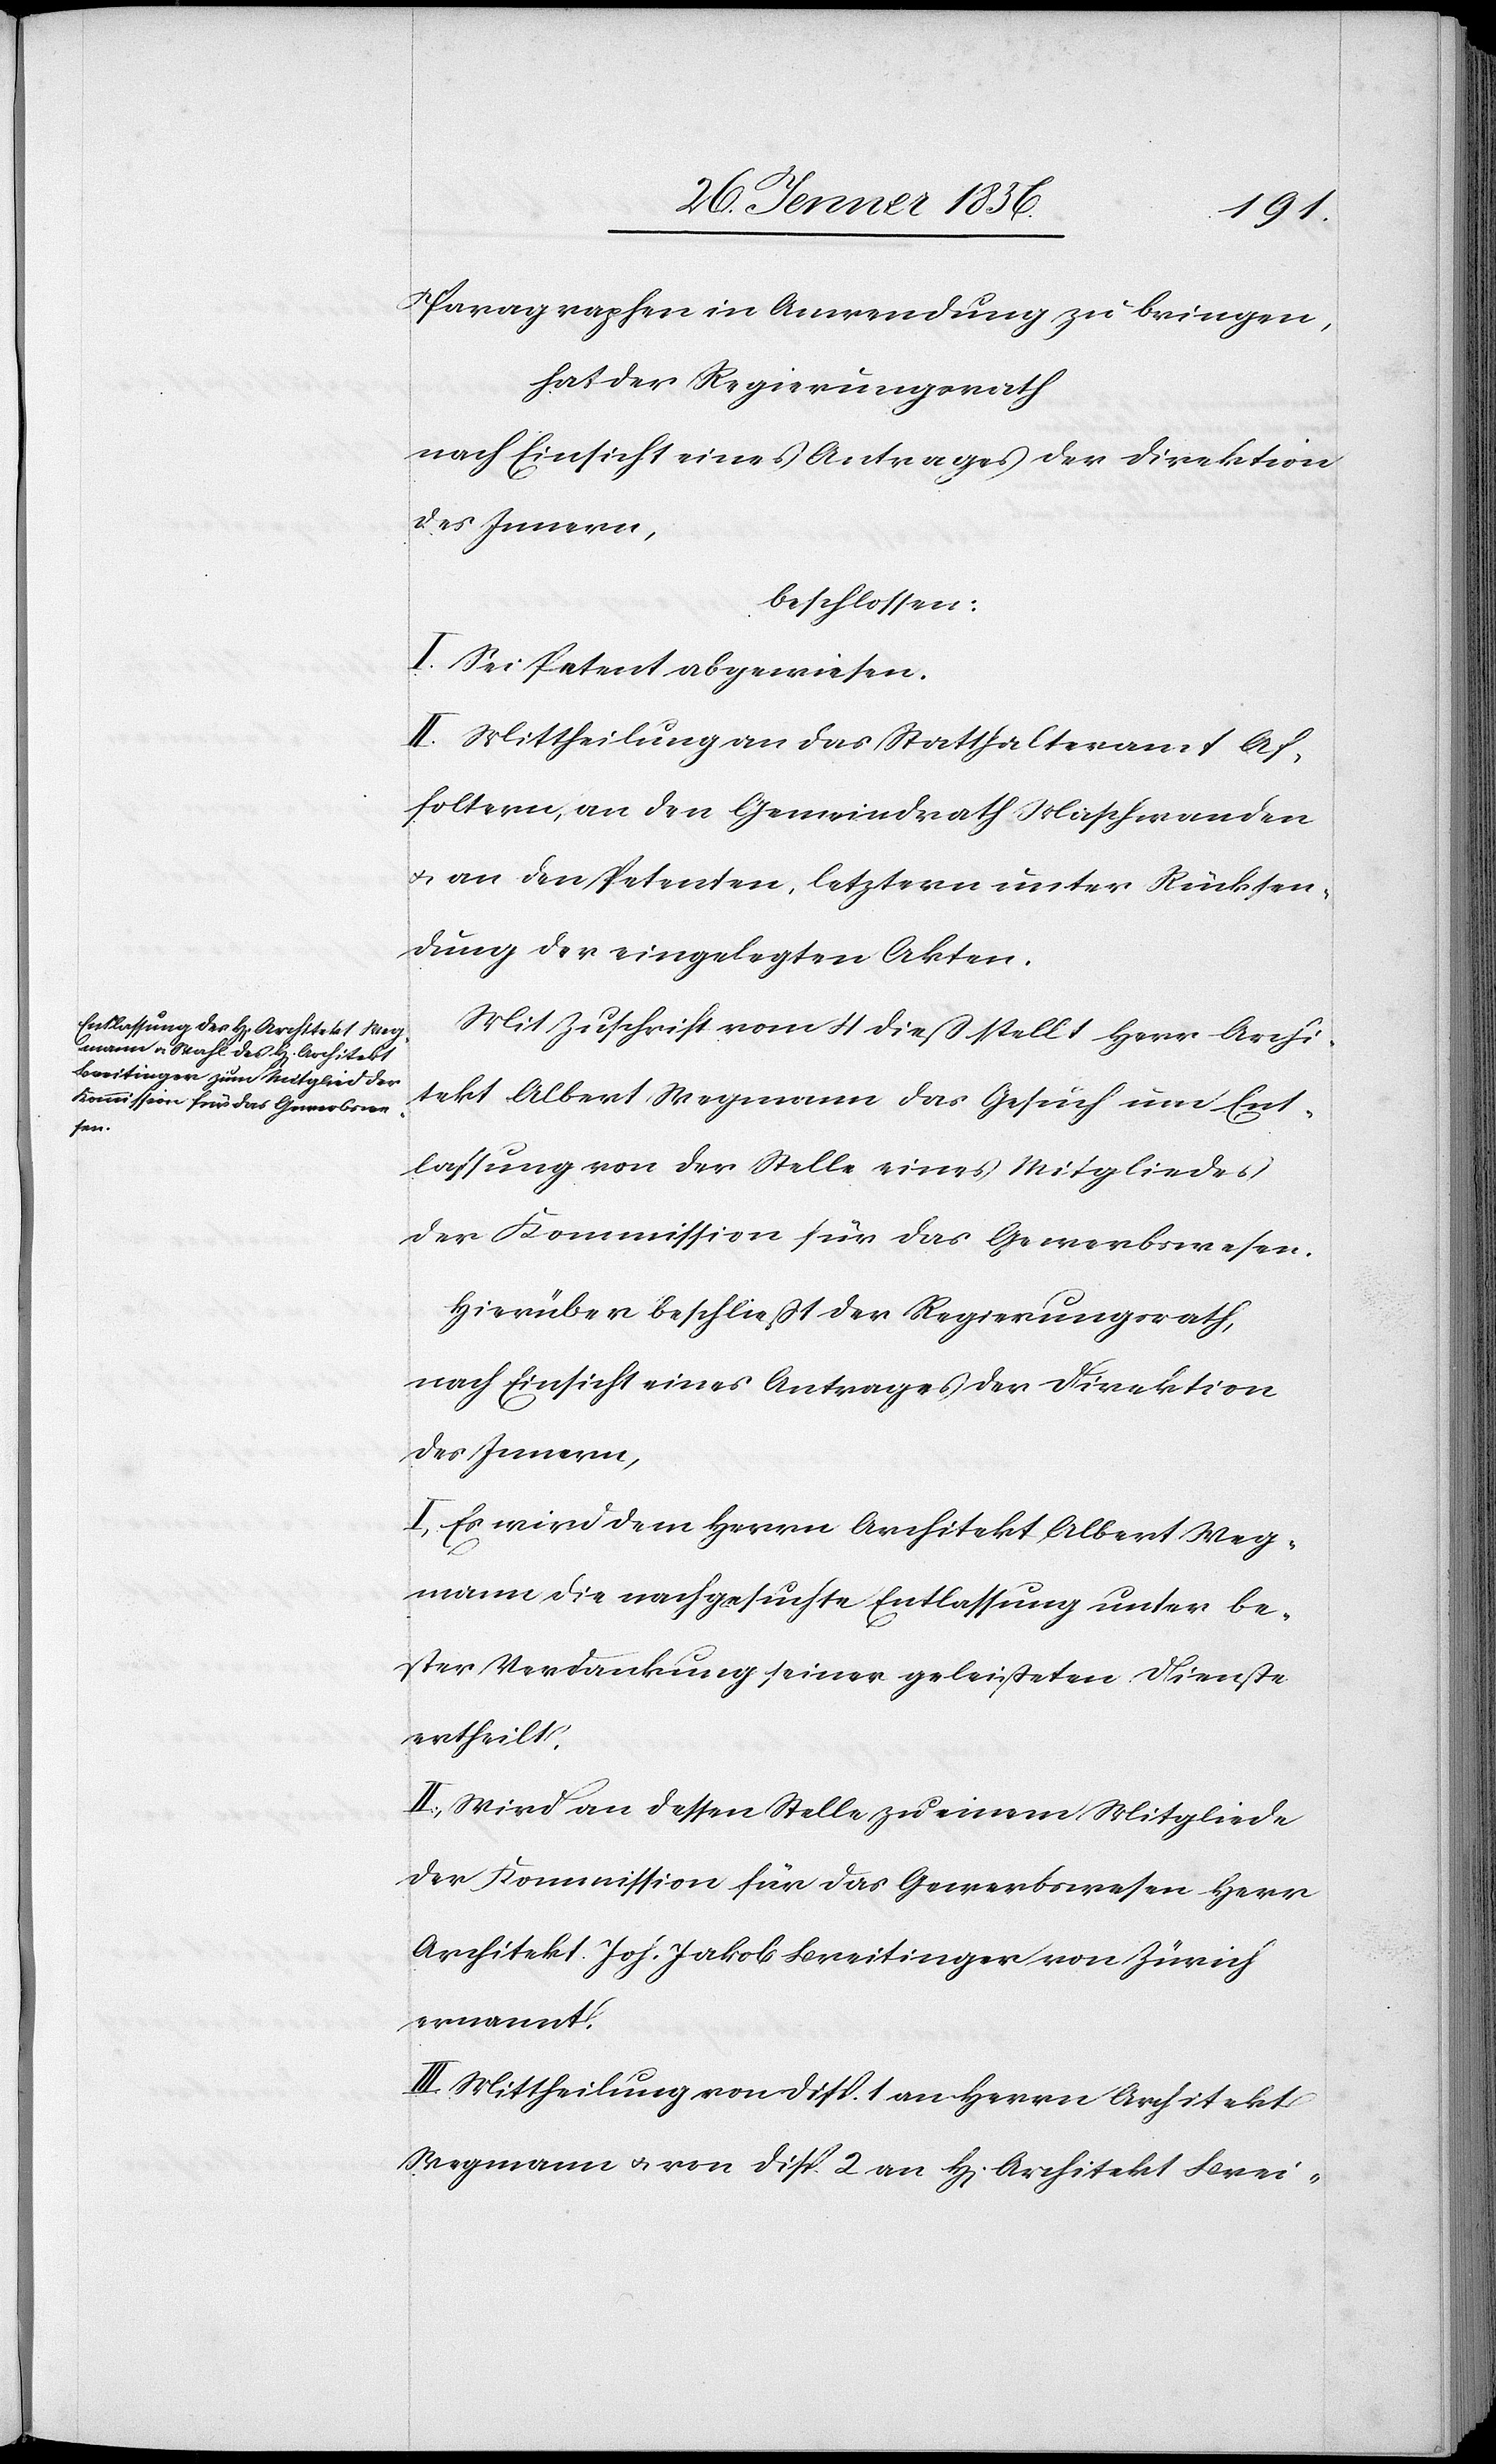
Paragraphen in Anwendung zu bringen,
hat der Regierungsrath
nach Einsicht eines Antrages der Direktion
des Innern,
beschlossen:
I. Sei Petent abgewiesen.
II. Mittheilung an das Statthalteramt Af¬
foltern, an den Gemeindrath Maschwanden
u. an den Petenten, letztern unter Rücksen¬
dung der eingelegten Akten.
Mit Zuschrift vom 4 dieß stellt Herr Archi¬
tekt Albert Wegmann das Gesuch um Ent¬
lassung von der Stelle eines Mitgliedes
der Kommission für das Gewerbswesen.
Hierüber beschließt der Regierungsrath,
nach Einsicht eines Antrages der Direktion
des Innern,
I, Es wird dem Herrn Architekt Albert Weg¬
mann die nachgesuchte Entlassung unter be¬
ster Verdankung seiner geleisteten Dienste
ertheilt.
II., Wird an dessen Stellte zu einem Mitgliede
der Kommission für das Gewerbswesen Herr
Architekt Joh. Jakob Breitinger von Zürich
ernannt.
III. Mittheilung von Disp. 1 an Herrn Architekt
Wegmann u. von Disp. 2 an H[errn] Architekt Brei-